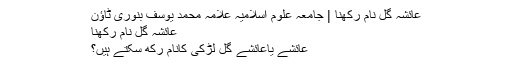
عائشہ گل نام رکھنا | جامعہ علوم اسلامیہ علامہ محمد یوسف بنوری ٹاؤن
عائشہ گل نام رکھنا
عائشے یاعائشے گل لڑکی کانام رکھ سکتے ہیں؟